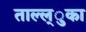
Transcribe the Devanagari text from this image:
ताल्ल्ुका